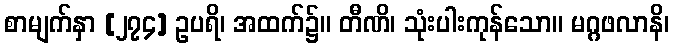
စာမျက်နှာ [၂၇၄] ဥပရိ၊ အထက်၌။ တီဏိ၊ သုံးပါးကုန်သော။ မဂ္ဂဖလာနိ၊